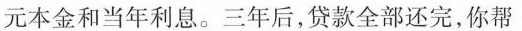
元本金和当年利息。三年后，贷款全部还完，